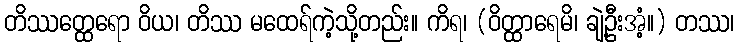
တိဿတ္ထေရော ဝိယ၊ တိဿ မထေရ်ကဲ့သို့တည်း။ ကိရ၊ (ဝိတ္ထာရေမိ၊ ချဲ့ဦးအံ့။) တဿ၊